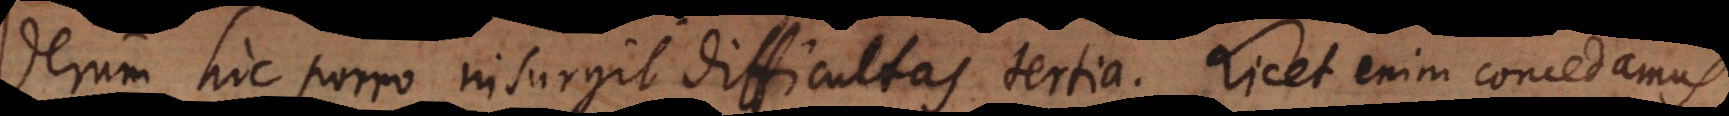
erum hic porro insurgit difficultas tertia. Licet enim concedamus